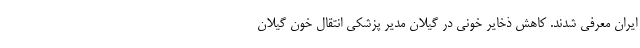
ایران معرفی شدند. کاهش ذخایر خونی در گیلان مدیر پزشکی انتقال خون گیلان